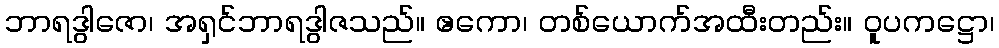
ဘာရဒွါဇော၊ အရှင်ဘာရဒွါဇသည်။ ဧကော၊ တစ်ယောက်အထီးတည်း။ ဝူပကဋ္ဌော၊